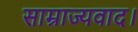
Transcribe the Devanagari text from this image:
साम्राज्यवाद।